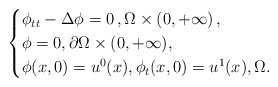
\begin{align*}\begin{cases}\phi_{tt} - \Delta \phi = 0 \,, \Omega \times (0,+\infty)\,,\\\phi=0, \partial \Omega \times (0,+\infty), \\ \phi(x, 0) = u^0(x), \phi_t(x, 0) = u^1(x), \Omega. \end{cases}\end{align*}